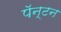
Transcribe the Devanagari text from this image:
पॅन्टन